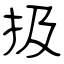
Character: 扱